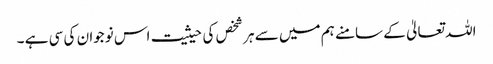
اللہ تعالیٰ کے سامنے ہم میں سے ہر شخص کی حیثیت اس نوجوان کی سی ہے ۔